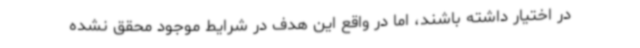
در اختیار داشته باشند، اما در واقع این هدف در شرایط موجود محقق نشده